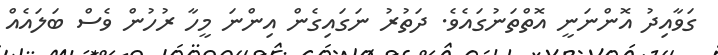
ގަވާއިދު އޮންނަނީ އޮތްތަނުގައެވެ. ދަތުރު ނަގައިގެން އިންނަ މީހާ ރުހުން ވެސް ބަލައެއް